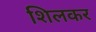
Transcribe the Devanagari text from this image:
शिलकर